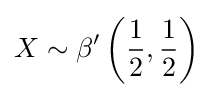
X\sim \beta '\left({\frac {1}{2}},{\frac {1}{2}}\right)